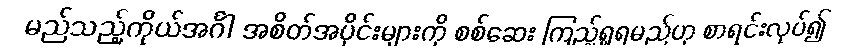
မည်သည့်ကိုယ်အင်္ဂါ အစိတ်အပိုင်းများကို စစ်ဆေး ကြည့်ရှုရမည်ဟု စာရင်းလုပ်၍